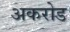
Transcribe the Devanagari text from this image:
अकरोड